Indian journal of veterinary science and animal husbandry - Volume 8,
Year: 1938
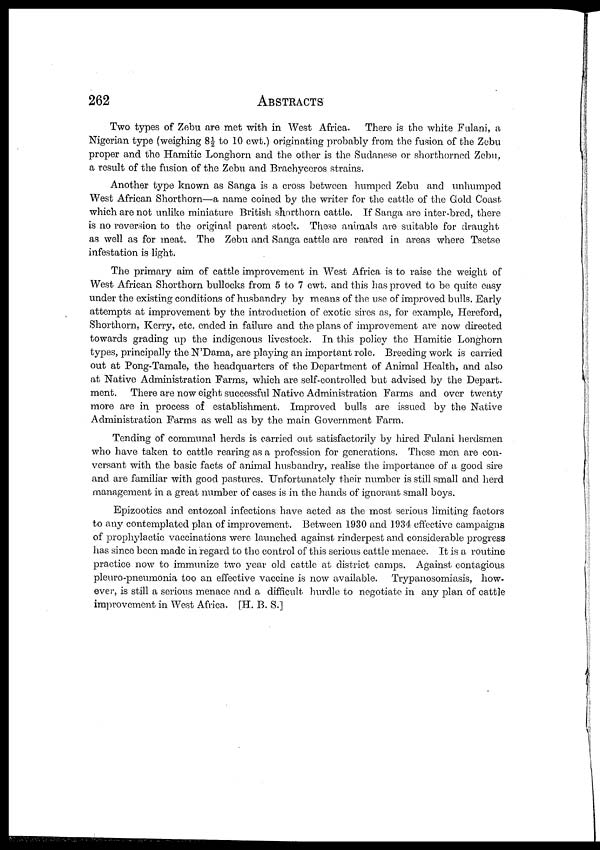
262
ABSTRACTS
Two types of Zebu are met with in West Africa. There is the white Fulani, a
Nigerian type (weighing 8½ to 10 cwt.) originating probably from the fusion of the Zebu
proper and the Hamitic Longhorn and the other is the Sudanese or shorthorned Zebu,
a result of the fusion of the Zebu and Brachyceros strains.
Another type known as Sanga is a cross between humped Zebu and unhumped
West African Shorthorn—a name coined by the writer for the cattle of the Gold Coast
which are not unlike miniature British shorthorn cattle. If Sanga are inter-bred, there
is no reversion to the original parent stock. These animals are suitable for draught
as well as for meat. The Zebu and Sanga cattle are reared in areas where Tsetse
infestation is light.
The primary aim of cattle improvement in West Africa is to raise the weight of
West African Shorthorn bullocks from 5 to 7 cwt. and this has proved to be quite easy
under the existing conditions of husbandry by means of the use of improved bulls. Early
attempts at improvement by the introduction of exotic sires as, for example, Hereford,
Shorthorn, Kerry, etc. ended in failure and the plans of improvement are now directed
towards grading up the indigenous livestock. In this policy the Hamitic Longhorn
types, principally the N'Dama, are playing an important role. Breeding work is carried
out at Pong-Tamale, the headquarters of the Department of Animal Health, and also
at Native Administration Farms, which are self-controlled but advised by the Depart-
ment. There are now eight successful Native Administration Farms and over twenty
more are in process of establishment. Improved bulls are issued by the Native
Administration Farms as well as by the main Government Farm.
Tending of communal herds is carried out satisfactorily by hired Fulani herdsmen
who have taken to cattle rearing as a profession for generations. These men are con-
versant with the basic facts of animal husbandry, realise the importance of a good sire
and are familiar with good pastures. Unfortunately their number is still small and herd
management in a great number of cases is in the hands of ignorant small boys.
Epizootics and entozoal infections have acted as the most serious limiting factors
to any contemplated plan of improvement. Between 1930 and 1934 effective campaigns
of prophylactic vaccinations were launched against rinderpest and considerable progress
has since been made in regard to the control of this serious cattle menace. It is a routine
practice now to immunize two year old cattle at district camps. Against contagious
pleuro-pneumonia too an effective vaccine is now available. Trypanosomiasis, how-
ever, is still a serious menace and a difficult hurdle to negotiate in any plan of cattle
improvement in West Africa. [H. B. S.]